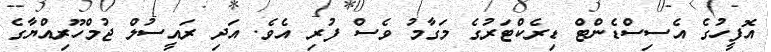
އޮފީހުގެ އެސިސްޑެންޓް ޑިރެކްޓަރުގެ މަގާމު ވެސް ފުރި އެވެ. އަދި ރައީސުލް ޖުމްހޫރިއްޔާގެ